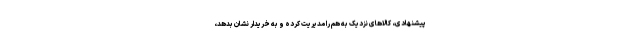
پیشنهادی، کالاهای نزدیک به هم را مدیریت کرده و به خریدار نشان بدهد،